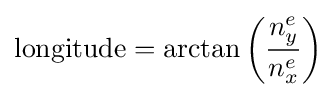
\mathrm {longitude} =\arctan \left({\frac {n_{y}^{e}}{n_{x}^{e}}}\right)